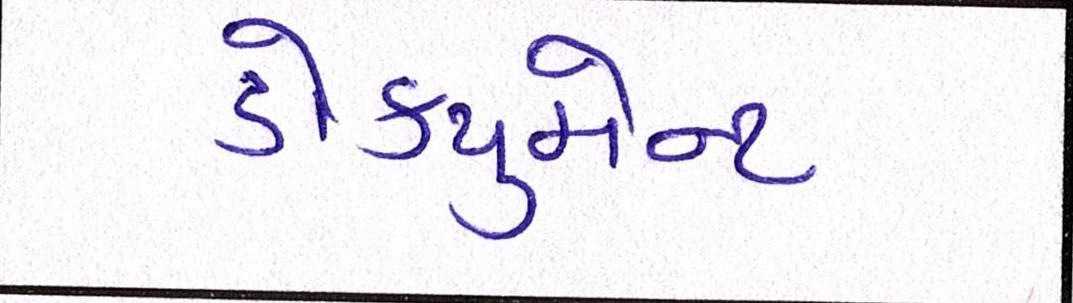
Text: ડોક્યુમેન્ટ